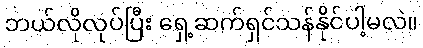
ဘယ်လိုလုပ်ပြီး ရှေ့ဆက်ရှင်သန်နိုင်ပါ့မလဲ။